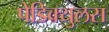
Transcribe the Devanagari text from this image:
पेडिक्युलस